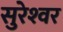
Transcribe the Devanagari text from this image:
सुरेश्‍वर